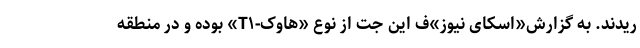
ریدند. به گزارش«اسکای نیوز»ف این جِت از نوع «هاوک-T۱» بوده و در منطقه